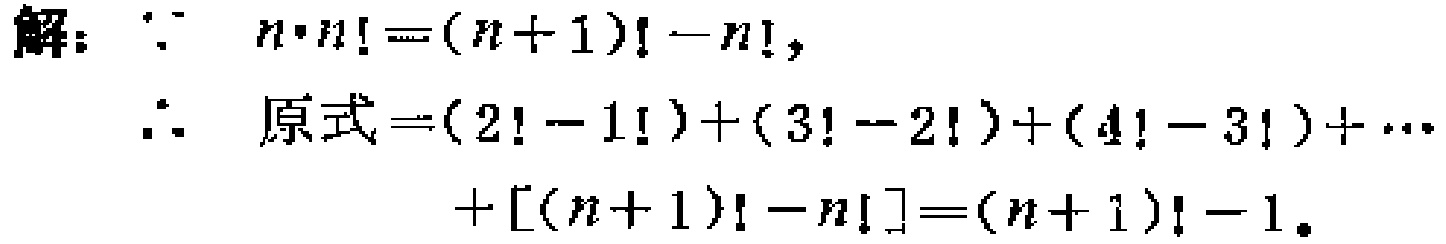
解：$\because n\cdot n!=(n + 1)!-n!,$
$\therefore$ 原式$=(2! - 1!)+(3! - 2!)+(4! - 3!)+\cdots$
$+[(n + 1)!-n!]=(n + 1)!-1。$